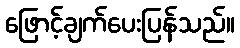
ဖြောင့်ချက်ပေးပြန်သည်။